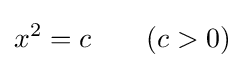
x^{2}=c\qquad (c>0)